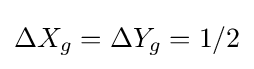
\Delta X_{g}=\Delta Y_{g}=1/2